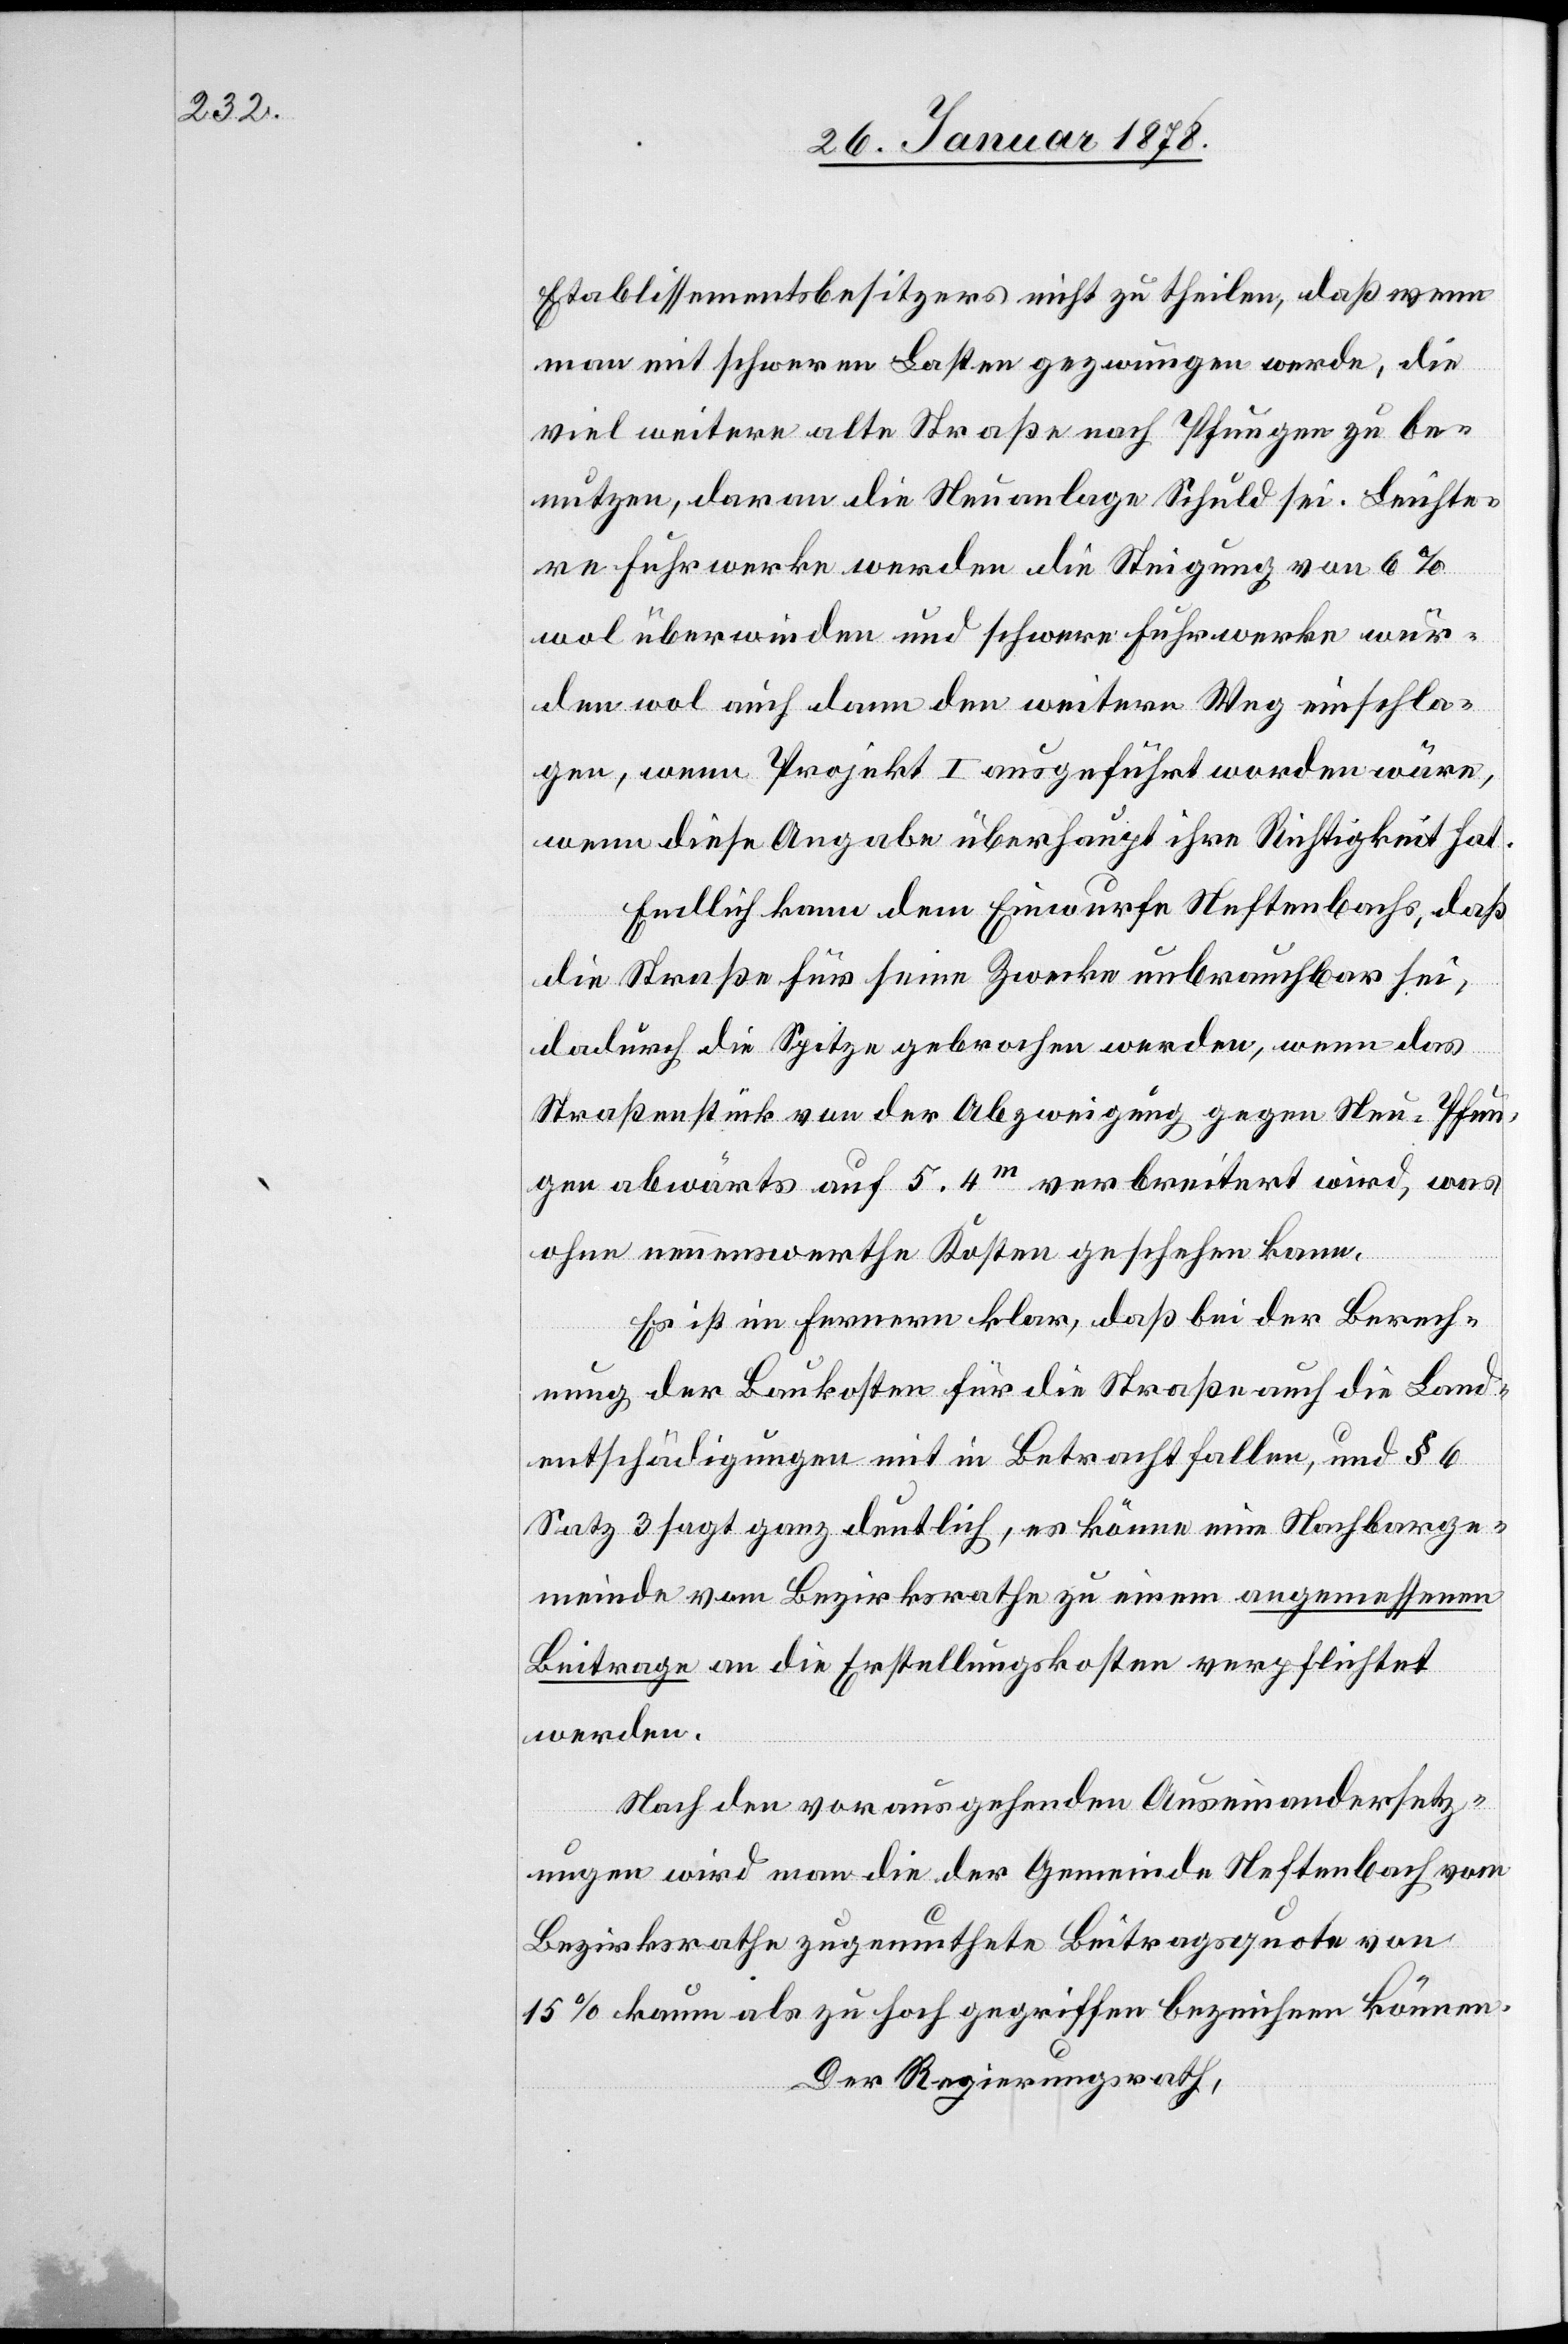
Etablissementsbesitzers nicht zu theilen, daß wenn
man mit schweren Lasten gezwungen werde, die
viel weitere alte Straße nach Pfungen zu be¬
nutzen, daran die Neuanlage Schuld sei. Leichte¬
re Fuhrwerke werden die Steigung von 6%
wol überwinden und schwere Fuhrwerke wür¬
den wol auch dann den weitern Weg einschla¬
gen, wenn Projekt I ausgeführt worden wäre,
wenn diese Angabe überhaupt ihre Richtigkeit hat.
Endlich kann dem Einwurfe Neftenbachs, daß
die Straße für seine Zwecke unbrauchbar sei,
dadurch die Spitze gebrochen werden, wenn das
Straßenstück von der Abzweigung gegen Neu-Pfun¬
gen abwärts auf 5.4 m verbreitert wird, was
ohne nennenswerthe Kosten geschehen kann.
Es ist im Fernern klar, daß bei der Berech¬
nung der Baukosten für die Straße auf die Land¬
entschädigungen mit ihn Betracht fallen, und § 6
Satz 3 sagt ganz deutlich, es könne eine Nachbarge¬
meinde vom Bezirksrath angemessenen Beitrage an
werden.
Nach den vorausgehenden Auseinandersetz¬
ungen wird man die der Gemeinde Neftenbach vom
Bezirksrathe zugemuthete Beitragsquote von
15% kaum als zu hoch gegriffen bezeichnen könne.
Der Regierungsrath,